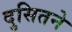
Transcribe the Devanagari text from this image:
दुसितने